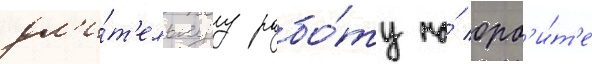
дл'и́т'ельнуу рабо́ту на́ орб'и́т'е